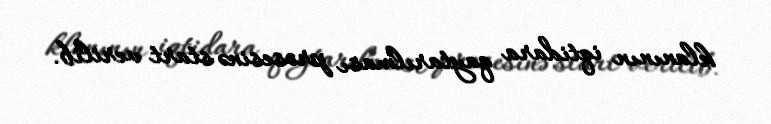
klanının iqtidara qaytarılması prosesinə start verilib.